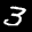
Label: 3